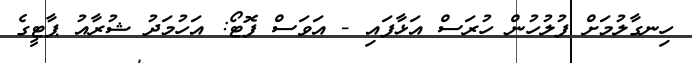
ހިނގާލުމަށް ފުލުހުން ހުރަސް އަޅާފައި - އަވަސް ފޮޓޯ: އަހުމަދު ޝުރާއު ޕާޓީގެ